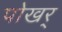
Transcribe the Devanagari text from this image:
पोखर्